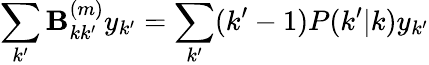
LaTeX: \sum_{k^{\prime}}\textbf{B}_{kk^{\prime}}^{(m)}y_{k^{\prime}}=\sum_{k^{\prime}}(k^{\prime}-1)P(k^{\prime}|k)y_{k^{\prime}}